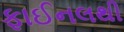
ફાઈનલથી